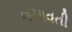
નચાવતી